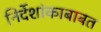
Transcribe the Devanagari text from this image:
निर्देशांकाबाबत